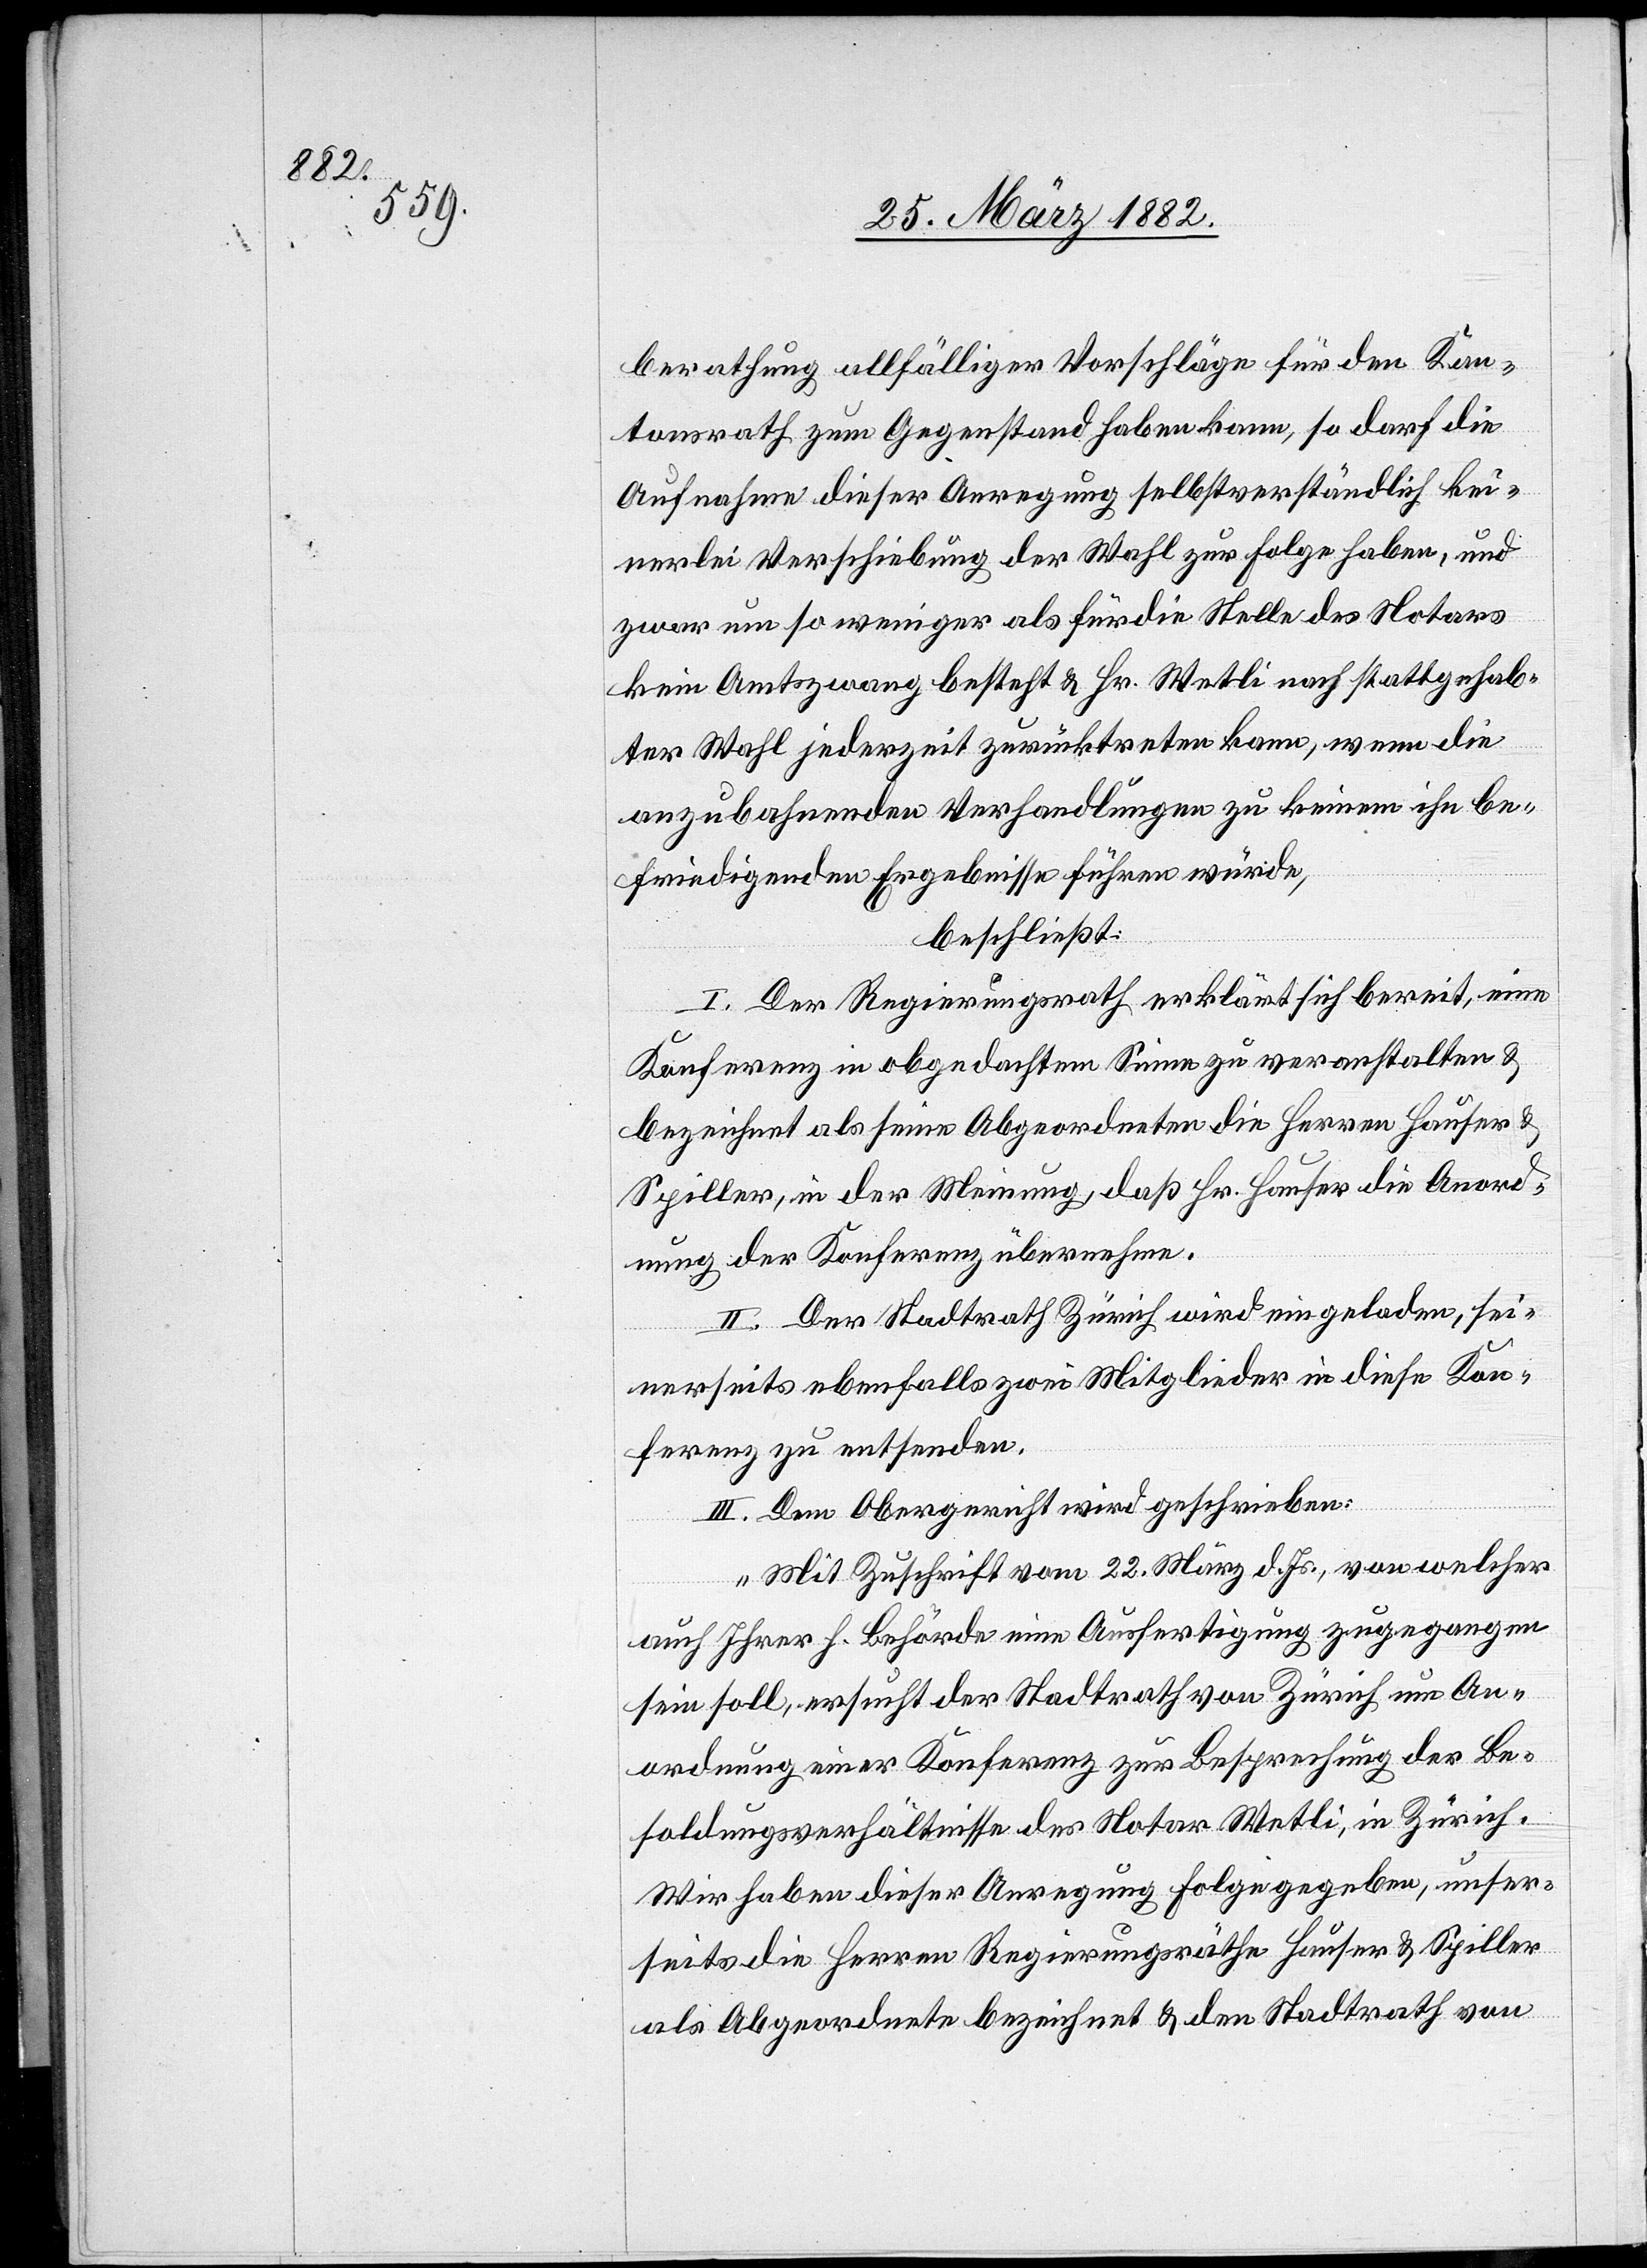
berathung allfälliger Vorschläge für den Kan¬
tonsrath zum Gegenstand haben kann, so darf die
Aufnahme dieser Anregung selbstverständlich kei¬
nerlei Verschiebung der Wahl zur Folge haben, und
zwar um so weniger als für die Stelle des Notars
kein Amtszwang besteht & Hr. Wetli nach stattgehab¬
ter Wahl jederzeit zurücktreten kann, wenn die
anzubahnenden Verhandlungen zu keinem ihn be¬
friedigenden Ergebnisse führen würde,
beschließt:
I. Der Regierungsrath erklärt sich bereit, eine
Konferenz in obgedachtem Sinne zu veranstalten &
bezeichnet als seinen Abgeordneten die Herren Hauser &
Spiller, in der Meinung, daß Hr. Hauser die Anord¬
nung der Konferenz übernehme.
II. Der Stadtrath Zürich wird eingeladen, sei¬
nerseits ebenfalls zwei Mitglieder in diese Kon¬
ferenz zu entsenden.
III. Dem Obergericht wird geschrieben:
„Mit Zuschrift vom 22. März d. Js., von welcher
auch Ihrer h. Behörde eine Ausfertigung zugegangen
sein soll, ersucht der Stadtrath von Zürich um An¬
ordnung einer Konferenz zur Besprechung der Be¬
soldungsverhältnisse des Notar Wetli, in Zürich.
Wir haben dieser Anregung Folge gegeben, unser¬
seits die Herren Regierungsräthe Hauser & Spiller
als Abgeordnete bezeichnet & den Stadtrath von